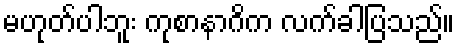
မဟုတ်ပါဘူး ကုစာနာဂိက လက်ခါပြသည်။